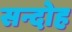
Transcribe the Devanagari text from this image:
सन्दोह